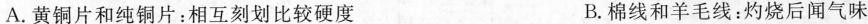
A.黄铜片和纯铜片：相互刻划比较硬度 B.棉线和羊毛线：灼烧后闻气味